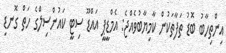
އިންތިހާބު ބޮޑު ތަފާތަކުން ކާމިޔާބުވެއްޖެ: އެމްޑީޕީ އައްޑޫ ސިޓީ ކައުންސިލްގެ ހަތް ގޮނޑި